system: You are a helpful assistant.
user:
Analyze the provided spectrum to determine if it is a **"Cataclysmic Variables (CV)"**.

- **Key Indicators for CV (Check for either state):**
    - **State 1: Quiescent / Low-State (Emission-Dominated)**
        - **(Primary):** Strong and *very broad* Hydrogen Balmer emission lines (e.g., $H\alpha$ at 6563 Å, $H\beta$ at 4861 Å). The 'broadness' (high velocity dispersion, often FWHM > 1000 km/s) is the key diagnostic, indicating a high-velocity accretion disk.
        - **(Secondary):** Broad neutral Helium (He I) emission lines (e.g., 5876 Å, 6678 Å).
        - **(Key Confirmation):** Presence of high-excitation *ionized* Helium (He II) emission at 4686 Å. This is a strong indicator of accretion onto a white dwarf.
        - **(Line Profile):** Emission lines may exhibit a 'double-peaked' profile, which is a classic signature of a rotating accretion disk viewed at high inclination.

    - **State 2: Outburst / High-State (Absorption-Dominated)**
        - **(Primary):** Spectrum is dominated by a bright, blue continuum (looks like a hot star).
        - **(Secondary):** The emission lines from State 1 are weak, absent, or 'filled in', and are replaced by broad, shallow *absorption* lines (primarily Balmer and He I).
        - **(Morphology):** The overall spectrum mimics a hot B/A-type star. The crucial difference is that the absorption lines are significantly broader, shallower, and more 'washed-out' (or 'smeared') than the sharp lines of a normal stellar photosphere, due to high rotational speeds and pressure broadening in the disk.

Think first, call **spectral_visualization_tool** if needed to examine features in detail, then provide your final answer. Your response must adhere to the following strict rules:
1.  **Overall Structure:** Your response must follow the format `<think>...</think> <tool_call>...</tool_call> (if a tool is used) <answer>...</answer>`.
2.  **Tool Usage Constraint:** You may only make **one** tool call per turn.
3.  **Final Answer Format:** In the `<answer>` tag, your conclusion must be inside a `\boxed{}` command (e.g., `\boxed{YES}`), followed by your justification.

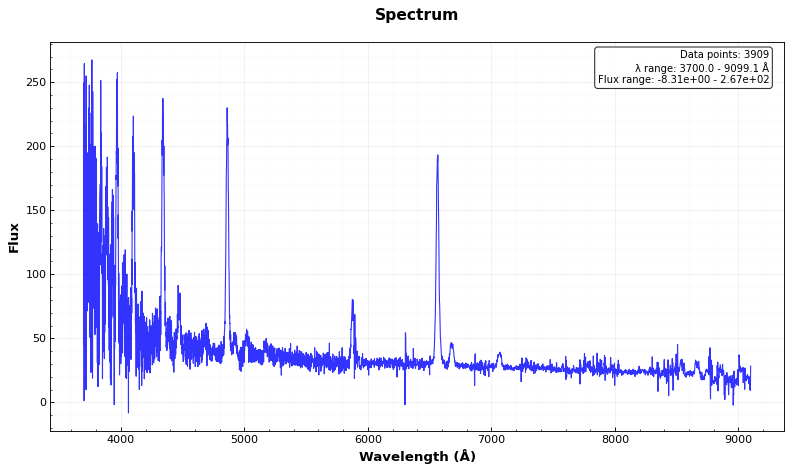
Answer: YES